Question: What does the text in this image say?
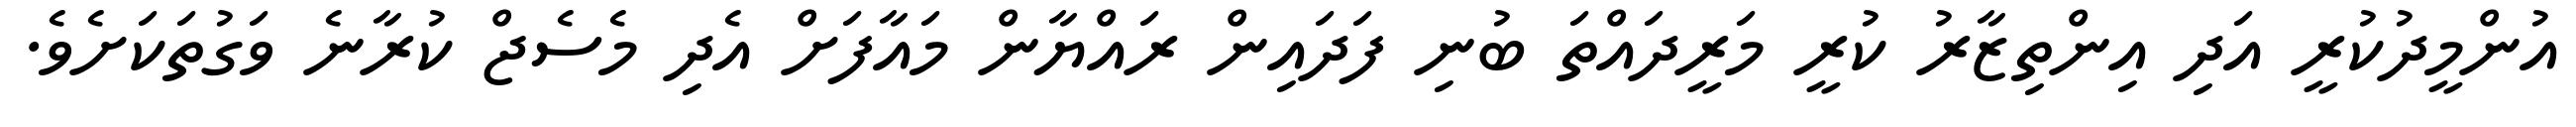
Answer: އުންމީދުކުރީ އަދި އިންތިޒާރު ކުރީ މަރީދައްތަ ބުނި ފަދައިން ރައްޔާން މައާފަށް އެދި މެސެޖް ކުރާނެ ވަގުތަކަށެވެ.